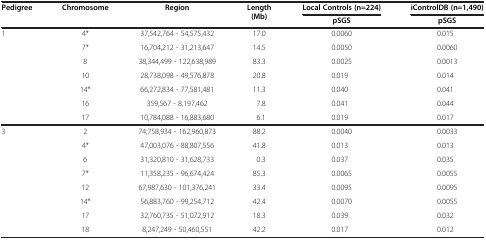
<table><thead><tr><td rowspan="2"><b>Pedigree</b></td><td rowspan="2"><b>Chromosome</b></td><td rowspan="2"><b>Region</b></td><td rowspan="2"><b>Length (Mb)</b></td><td><b>Local Controls (n=224)</b></td><td><b>iControlDB (n=1,490)</b></td></tr><tr><td><b>pSGS</b></td><td><b>pSGS</b></td></tr></thead><tbody><tr><td>1</td><td>4*</td><td>37,542,764 - 54,575,432</td><td>17.0</td><td>0.0060</td><td>0.015</td></tr><tr><td> </td><td>7*</td><td>16,704,212 - 31,213,647</td><td>14.5</td><td>0.0050</td><td>0.0060</td></tr><tr><td> </td><td>8</td><td>38,344,499 - 122,638,989</td><td>83.3</td><td>0.0025</td><td>0.0013</td></tr><tr><td> </td><td>10</td><td>28,738,098 - 49,576,878</td><td>20.8</td><td>0.019</td><td>0.014</td></tr><tr><td> </td><td>14*</td><td>66,272,834 - 77,581,481</td><td>11.3</td><td>0.040</td><td>0.041</td></tr><tr><td> </td><td>16</td><td>359,567 - 8,197,462</td><td>7.8</td><td>0.041</td><td>0.044</td></tr><tr><td> </td><td>17</td><td>10,784,088 - 16,883,680</td><td>6.1</td><td>0.019</td><td>0.017</td></tr><tr><td>3</td><td>2</td><td>74,758,934 - 162,960,873</td><td>88.2</td><td>0.0040</td><td>0.0033</td></tr><tr><td> </td><td>4*</td><td>47,003,076 - 88,807,556</td><td>41.8</td><td>0.013</td><td>0.013</td></tr><tr><td> </td><td>6</td><td>31,320,810 - 31,628,733</td><td>0.3</td><td>0.037</td><td>0.035</td></tr><tr><td> </td><td>7*</td><td>11,358,235 - 96,674,424</td><td>85.3</td><td>0.0065</td><td>0.0055</td></tr><tr><td> </td><td>12</td><td>67,987,630 - 101,376,241</td><td>33.4</td><td>0.0095</td><td>0.0095</td></tr><tr><td> </td><td>14*</td><td>56,883,760 - 99,254,712</td><td>42.4</td><td>0.0070</td><td>0.0055</td></tr><tr><td> </td><td>17</td><td>32,760,735 - 51,072,912</td><td>18.3</td><td>0.039</td><td>0.032</td></tr><tr><td> </td><td>18</td><td>8,247,249 - 50,460,551</td><td>42.2</td><td>0.017</td><td>0.012</td></tr></tbody></table>